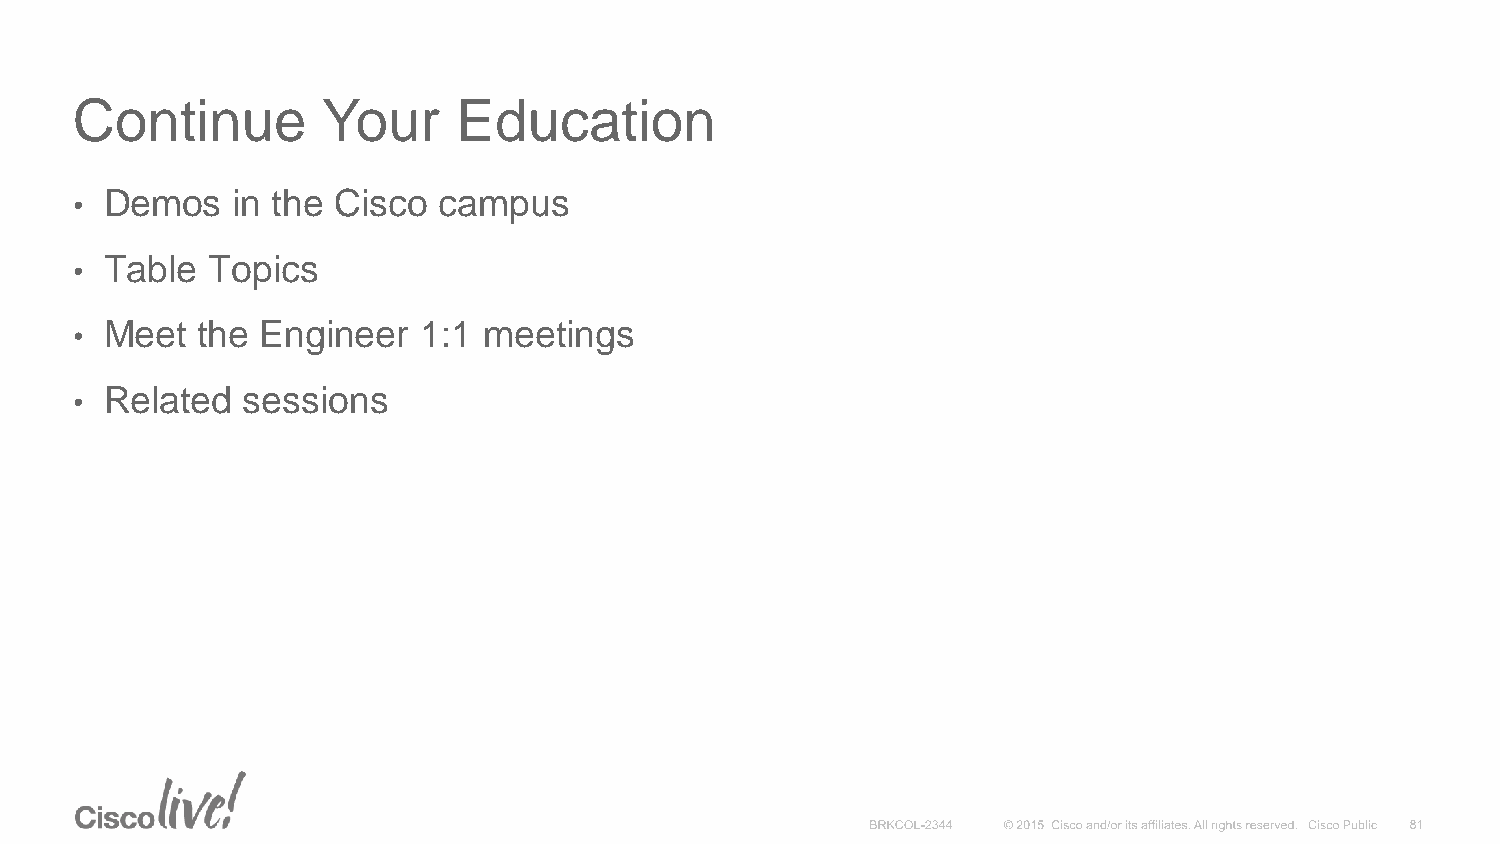
Continue        Your     Education
 • Demos   in the Cisco  campus
 • Table  Topics
 • Meet  the Engineer   1:1 meetings
 • Related  sessions